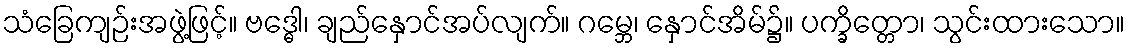
သံခြေကျဉ်းအဖွဲ့ဖြင့်။ ဗဒ္ဓေါ၊ ချည်နှောင်အပ်လျက်။ ဂမ္ဘေ၊ နှောင်အိမ်၌။ ပက္ခိတ္တော၊ သွင်းထားသော။